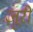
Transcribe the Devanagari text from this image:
ज़ूरी